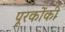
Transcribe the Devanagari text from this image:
पूरकोंकी